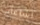
اشاعات